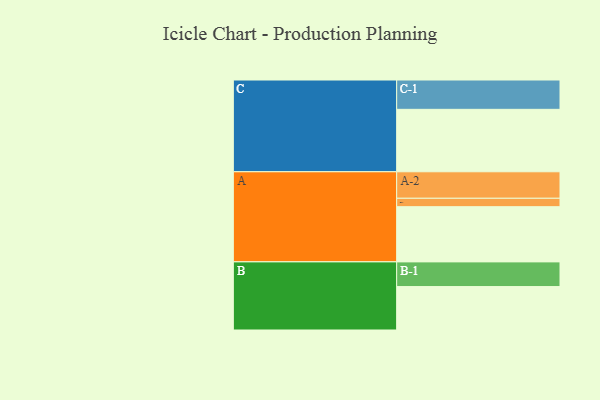
{"axis": {"x": "Segment", "y": "Value"}, "legend": ["", "A", "B", "C"], "data": [{"x": "A", "y": 427, "type": ""}, {"x": "B", "y": 336, "type": ""}, {"x": "C", "y": 483, "type": ""}, {"x": "A-1", "y": 65, "type": "A"}, {"x": "A-2", "y": 205, "type": "A"}, {"x": "B-1", "y": 191, "type": "B"}, {"x": "C-1", "y": 227, "type": "C"}]}